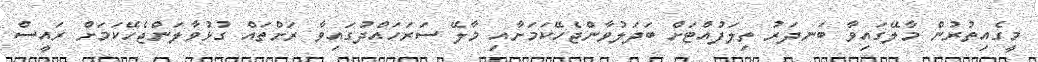
މީގެއިތުރުން މާލޭގައިވާ ބަނދަރު ތިލަފުއްޓަށް ބަދަލުވާންޖެހޭކަމަށާއި މާލޭ ސަރަހައްދުގައިވާ ރަށްތައް ގުޅުވާލަންޖެހޭކަމަށް ރައީސް